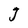
Character: J